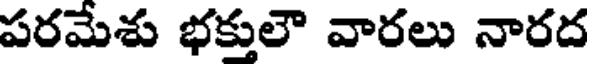
పరమేశు భక్తులౌ వారలు నారద